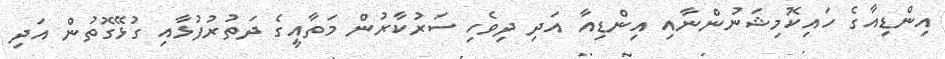
އިންޑިއާގެ ހައިކޮމިޝަނުންނާއި އިންޑިއާ އަދި ދިވެހި ސަރުކާރުން މަތާއީގެ ދަތުރުފުޅާއި ގުޅޭގޮތުން އަދި